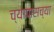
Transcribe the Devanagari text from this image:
च्यापासच्या